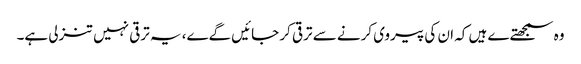
وہ سمجھتےے ہیں کہ ان کی پیروی کرنے سے ترقی کر جائیں گےے، یہ ترقی نہیں تنزلی ہے۔